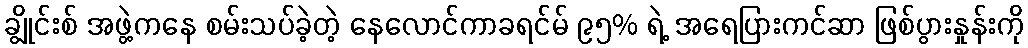
ချွိုင်းစ် အဖွဲ့ကနေ စမ်းသပ်ခဲ့တဲ့ နေလောင်ကာခရင်မ် ၉၅% ရဲ့ အရေပြားကင်ဆာ ဖြစ်ပွားနှုန်းကို